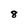
Character: 8